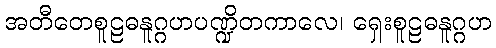
အတီတေစူဠဓနူဂ္ဂဟပဏ္ဍိတကာလေ၊ ရှေးစူဠဓနူဂ္ဂဟ